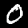
Label: 0